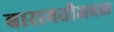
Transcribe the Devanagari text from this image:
बारामतीजवळ